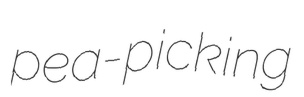
pea-picking